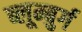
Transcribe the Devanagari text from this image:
ब्लूम्बुर्ग